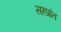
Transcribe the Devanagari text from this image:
सहप्रांत